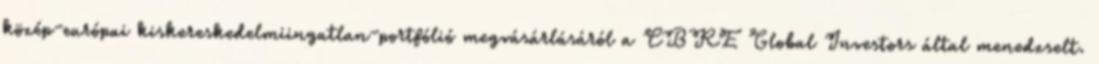
közép-európai kiskereskedelmiingatlan-portfólió megvásárlásáról a CBRE Global Investors által menedzselt.